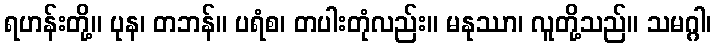
ရဟန်းတို့။ ပုန၊ တဘန်။ ပရံစ၊ တပါးတုံလည်း။ မနုဿာ၊ လူတို့သည်။ သမဂ္ဂါ၊